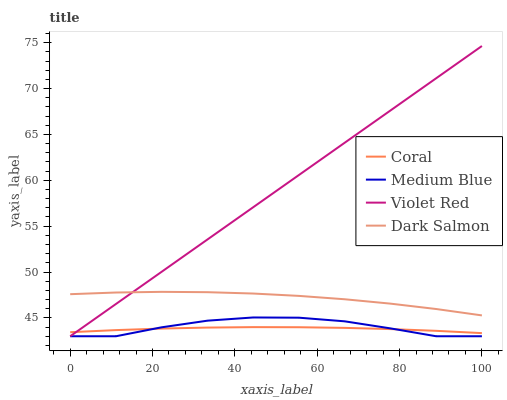
| xaxis_label | Coral | Medium Blue | Violet Red | Dark Salmon |
 | --- | --- | --- | --- | --- |
 | 0 | 43.4 | 43 | 43 | 47.6 |
 | 11.1 | 43.7 | 43 | 46.5 | 47.8 |
 | 22.2 | 43.8 | 44 | 50 | 47.8 |
 | 33.3 | 43.9 | 44.7 | 53.5 | 47.8 |
 | 44.4 | 44 | 45 | 57.1 | 47.7 |
 | 55.6 | 44 | 45 | 60.6 | 47.4 |
 | 66.7 | 43.9 | 44.6 | 64.1 | 47 |
 | 77.8 | 43.8 | 43.9 | 67.6 | 46.6 |
 | 88.9 | 43.6 | 43 | 71.1 | 46 |
 | 100 | 43.3 | 43 | 74.6 | 45.3 |